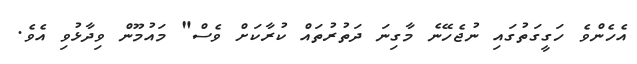
އެހެންވެ ހަގީގަތުގައި ނުޖެހޭނެ މާގިނަ ދަތުުރުތައް ކުރާކަށް ވެސް" މައުމޫން ވިދާޅުވި އެވެ.